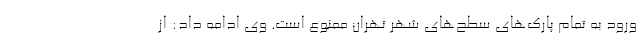
ورود به تمام پارک‌های سطح‌های شهر تهران ممنوع است. وی ادامه داد: از